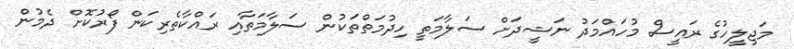
މަޖިލީހުގެ ރައީސް މުހައްމަދު ނަޝީދަށް ސަލާމަތީ ހިދުމަތްތަކުން ސަލާމަތާއި ރައްކާތެރިކަން ފޯރުކޮށް ދެމުން